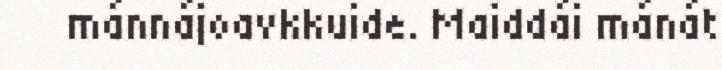
mánnájoavkkuide. Maiddái mánát